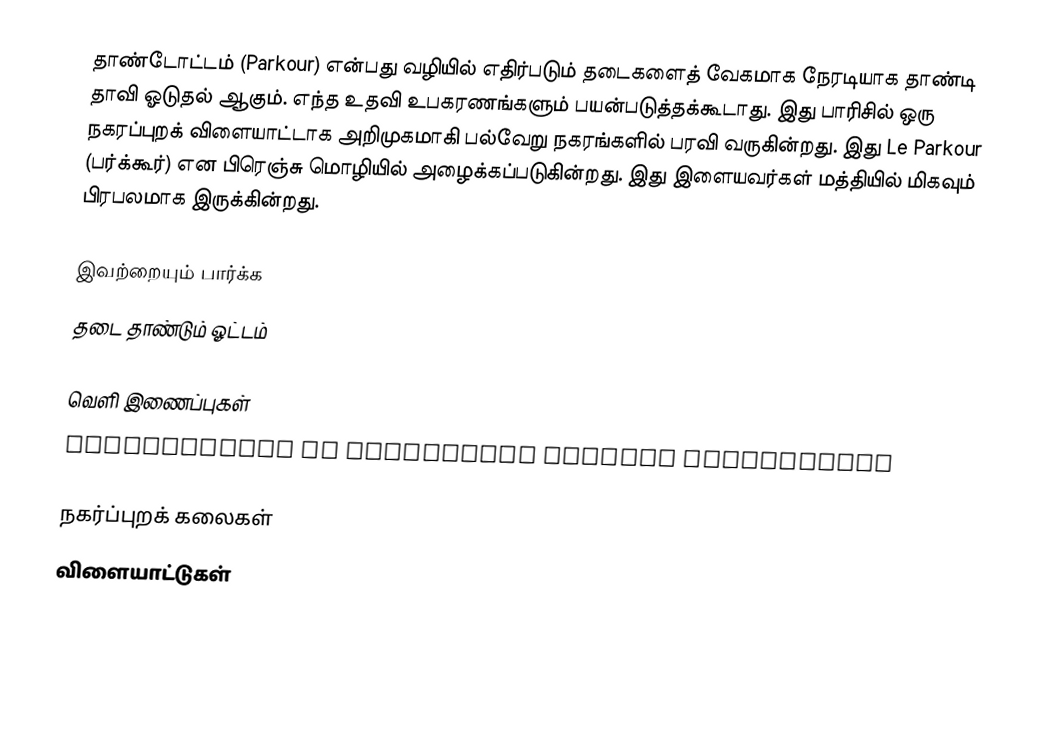
தாண்டோட்டம் (Parkour) என்பது வழியில் எதிர்படும் தடைகளைத் வேகமாக நேரடியாக தாண்டி தாவி ஓடுதல் ஆகும். எந்த உதவி உபகரணங்களும் பயன்படுத்தக்கூடாது. இது பாரிசில் ஒரு நகரப்புறக் விளையாட்டாக அறிமுகமாகி பல்வேறு நகரங்களில் பரவி வருகின்றது. இது Le Parkour (பர்க்கூர்) என பிரெஞ்சு மொழியில் அழைக்கப்படுகின்றது. இது இளையவர்கள் மத்தியில் மிகவும் பிரபலமாக இருக்கின்றது.

இவற்றையும் பார்க்க
 தடை தாண்டும் ஓட்டம்

வெளி இணைப்புகள்
 Parkourpedia of Australian Parkour Association

நகர்ப்புறக் கலைகள்
விளையாட்டுகள்